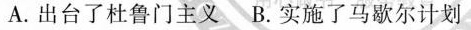
A.出台了杜鲁门主义 B.实施了马歇尔计划